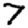
Digit: 7